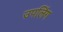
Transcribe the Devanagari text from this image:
उपलिंग